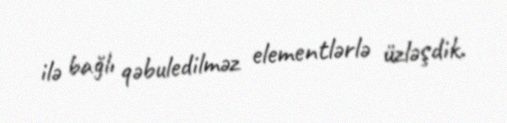
ilə bağlı qəbuledilməz elementlərlə üzləşdik.